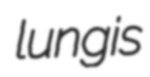
lungis